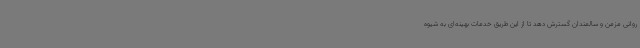
روانی مزمن و سالمندان گسترش دهد تا از این طریق خدمات بهینه‌ای به شیوه